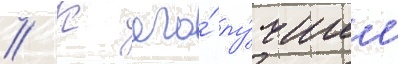
// К его́ лу́чшим